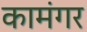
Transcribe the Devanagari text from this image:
कामंगर